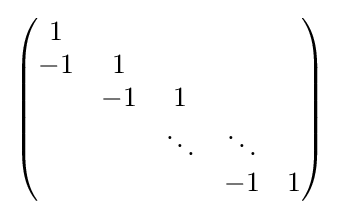
{\begin{pmatrix}1\\-1&1\\&-1&1\\&&\ddots &\ddots \\&&&-1&1\end{pmatrix}}